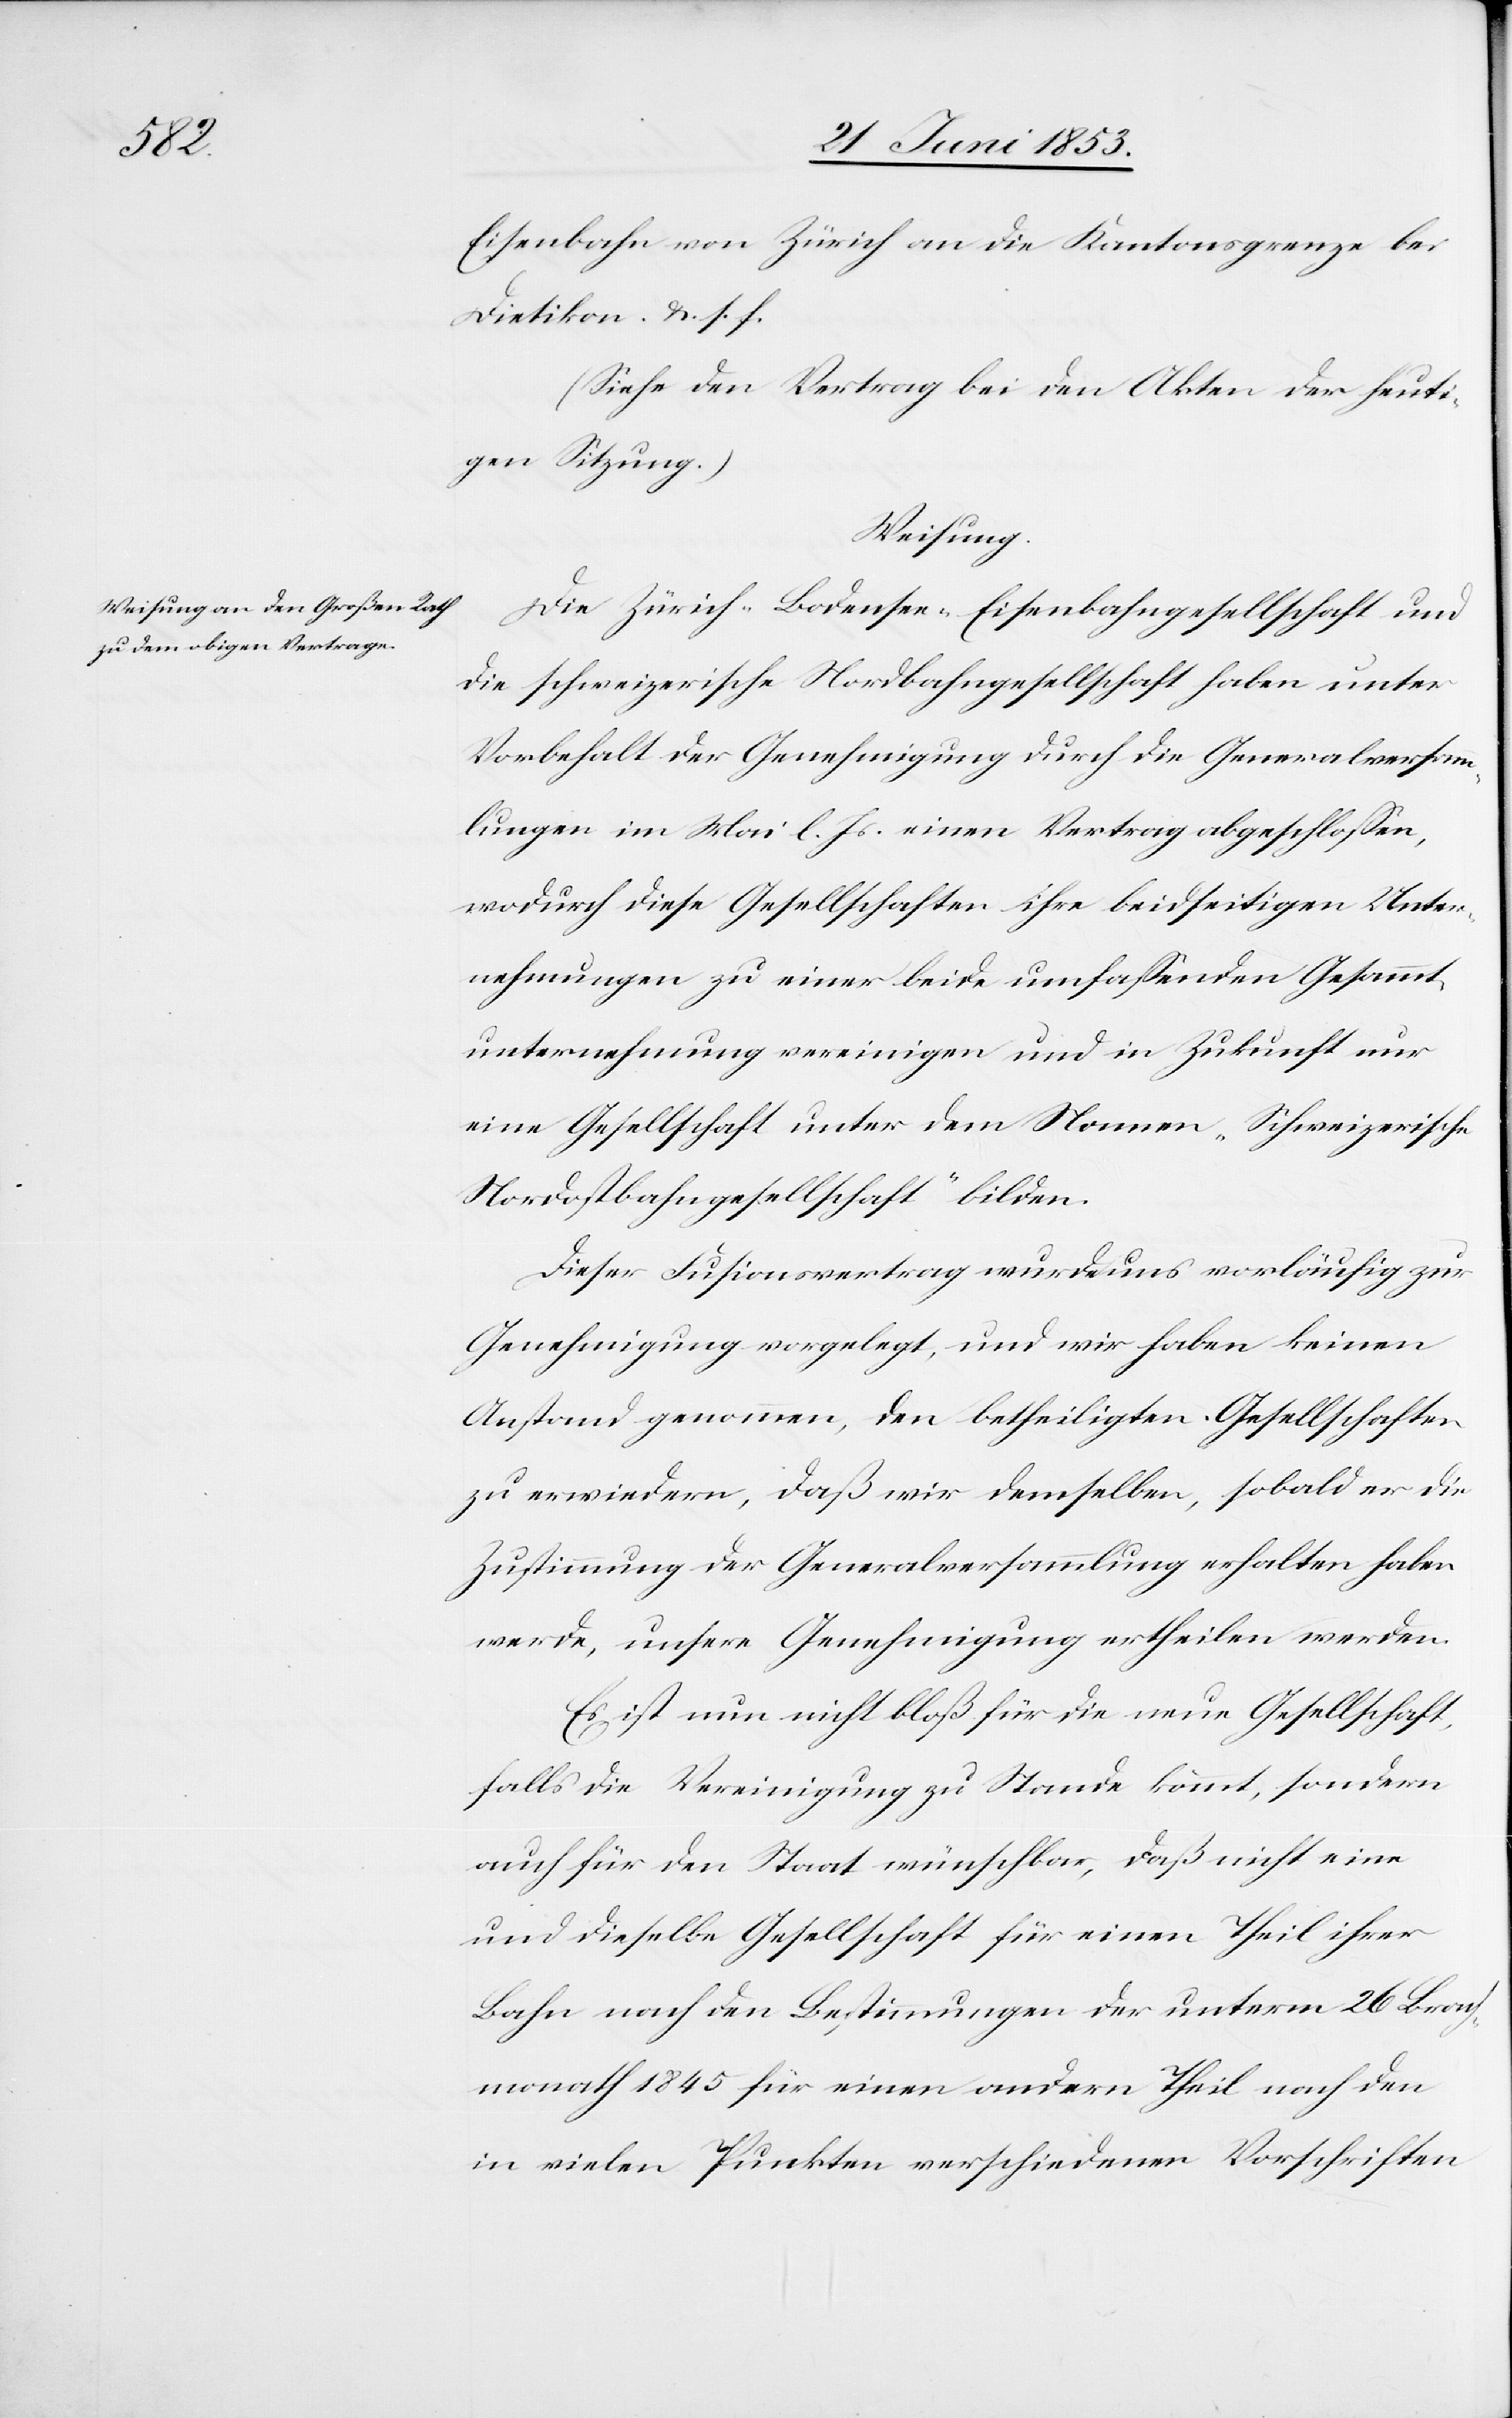
Eisenbahn von Zürich an die Kantonsgrenze bei
Dietikon. u. s. f.
(Siehe den Vertrag bei den Akten der heut¬
igen Sitzung.)
Weisung
Die Zürich-Bodensee-Eisenbahngesellschaft und
die schweizerische Nordbahngesellschaft haben unter
Vorbehalt der Genehmigung durch die Generalversamm¬
lungen im Mai l. Js. einen Vertrag abgeschloßen,
wodurch diese Gesellschaften ihre beidseitigen Unter¬
nehmungen zu einer beide umfaßenden Gesammt¬
unternehmung vereinigen und in Zukunft nur
eine Gesellschaft unter dem Namen „Schweizerische
Nordbahngesellschaft“ bilden.
Dieser Fusionsvertrag wurde uns vorläufig zur
Genehmigung vorgelegt, und wir haben keinen
Anstand genommen, den betheiligten Gesellschaften
zu erwiedern, daß wir denselben, sobald er die
Zustimmung der Generalversammlung erhalten haben
werde, unsere Genehmigung ertheilen werden.
Es ist nun nicht bloß für die neue Gesellschaft,
falls die Vereinigung zu Stande kömmt, sondern
auch für den Staat wünschbar, daß nicht eine
und dieselbe Gesellschaft für einen Theil ihrer
Bahn nach den Bestimmungen der unterm 26 Brach¬
monath 1845 für einen andern Theil nach den
in vielen Punkten verschiedenen Vorschriften